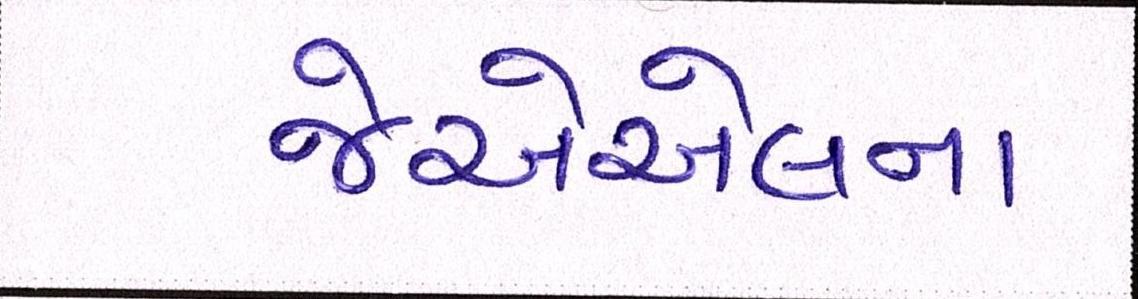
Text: જેએએલના